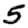
Digit: 5